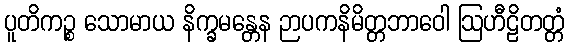
ပူတိကဉ္စ သောမာယ နိက္ခမန္တေန ဉာပကနိမိတ္တဘာဝေါ ဩဟီဠိတတ္တံ